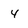
Character: 4